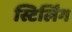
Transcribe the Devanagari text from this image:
स्टिर्लिंग